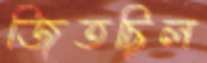
জিতছিল